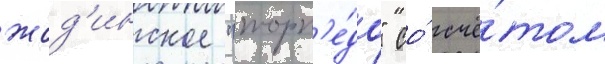
жод'инское "торп'е́до" со́ счё́том